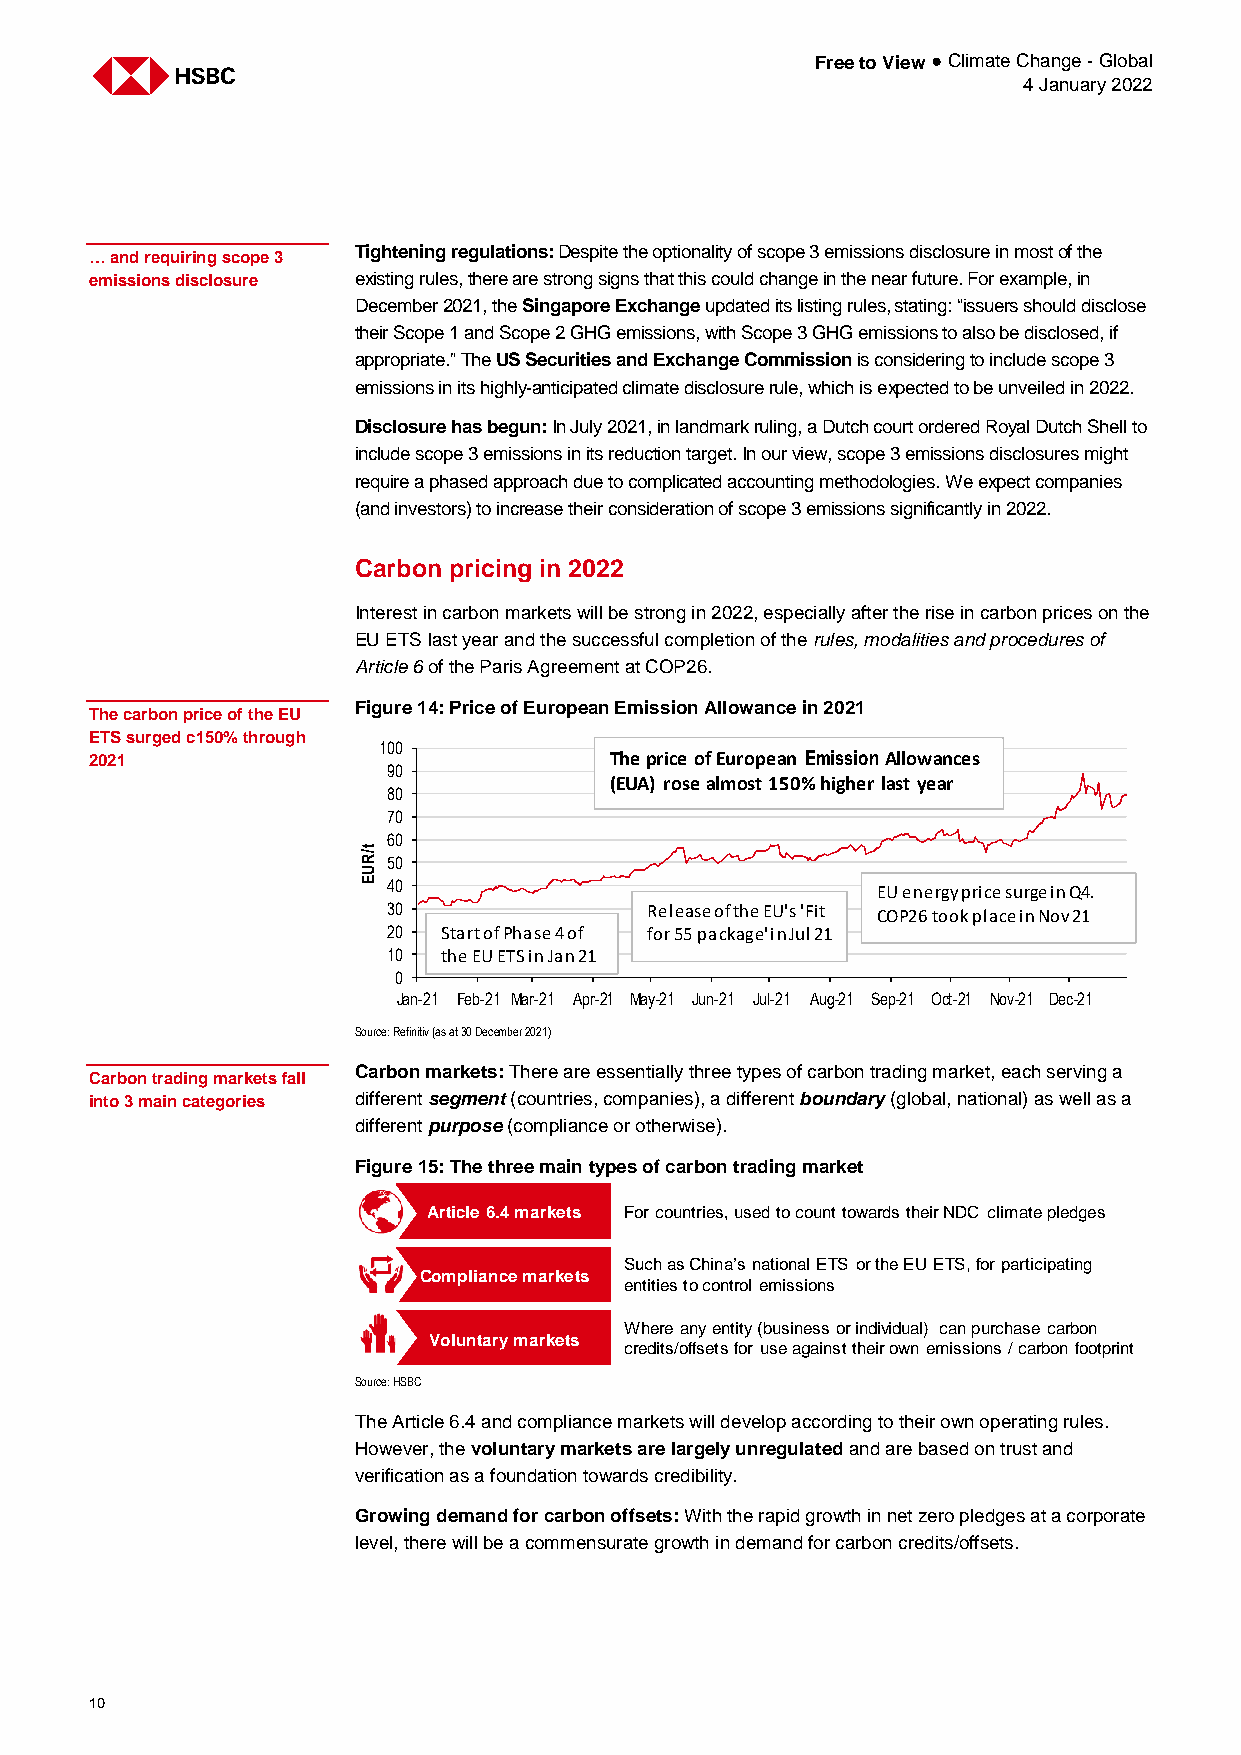
Free to View ● Climate Change - Global
 4 January 2022
 Tightening regulations: Despite the optionality of scope 3 emissions disclosure in most of the
 … and requiring scope 3
 emissions disclosure existing rules, there are strong signs that this could change in the near future. For example, in
 December 2021, the Singapore Exchange updated its listing rules, stating: “issuers should disclose
 their Scope 1 and Scope 2 GHG emissions, with Scope 3 GHG emissions to also be disclosed, if
 appropriate.” The US Securities and Exchange Commission is considering to include scope 3
 emissions in its highly-anticipated climate disclosure rule, which is expected to be unveiled in 2022.
 Disclosure has begun: In July 2021, in landmark ruling, a Dutch court ordered Royal Dutch Shell to
 include scope 3 emissions in its reduction target. In our view, scope 3 emissions disclosures might
 require a phased approach due to complicated accounting methodologies. We expect companies
 (and investors) to increase their consideration of scope 3 emissions significantly in 2022.
 Carbon pricing in 2022
 Interest in carbon markets will be strong in 2022, especially after the rise in carbon prices on the
 EU ETS last year and the successful completion of the rules, modalities and procedures of
 Article 6 of the Paris Agreement at COP26.
 Figure 14: Price of European Emission Allowance in 2021
 The carbon price of the EU
 ETS surged c150% through
 100
 2021                              Theprice of European EmissionAllowances
 90
 (EUA) rose almost 150% higher last year
 80
 70
 60
 t/R
 50
 U
 E 40                              EUenergy price surge in Q4.
 30               Release of the EU's'Fit COP26 took place in Nov 21
 20 Startof Phase 4 of for 55 package' in Jul 21
 10 the EU ETS in Jan 21
 0
 Jan-21 Feb-21 Mar-21 Apr-21 May-21 Jun-21 Jul-21 Aug-21 Sep-21 Oct-21 Nov-21 Dec-21
 Source: Refinitiv (as at 30 December 2021)
 Carbon markets: There are essentially three types of carbon trading market, each serving a
 Carbon trading markets fall
 into 3 main categories different segment (countries, companies), a different boundary (global, national) as well as a
 different purpose (compliance or otherwise).
 Figure 15: The three main types of carbon trading market
 Article 6.4 markets For countries, used to count towards their NDC climate pledges
 Such as China’s national ETS or the EU ETS, for participating
 Compliance markets
 entities to control emissions
 Where any entity (business or individual) can purchase carbon
 Voluntary markets
 credits/offsets for use against their own emissions / carbon footprint
 Source: HSBC
 The Article 6.4 and compliance markets will develop according to their own operating rules.
 However, the voluntary markets are largely unregulated and are based on trust and
 verification as a foundation towards credibility.
 Growing demand for carbon offsets: With the rapid growth in net zero pledges at a corporate
 level, there will be a commensurate growth in demand for carbon credits/offsets.
 10